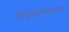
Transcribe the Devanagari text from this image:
विधेयाशक्यत्वात्तव